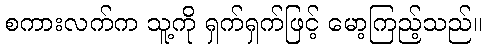
စကားလက်က သူ့ကို ရှက်ရှက်ဖြင့် မော့ကြည့်သည်။